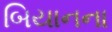
બિયાનના